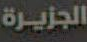
الجزيرة